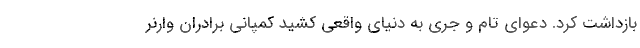
بازداشت کرد. دعوای تام و جری به دنیای واقعی کشید کمپانی برادران وارنر